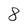
Character: 8